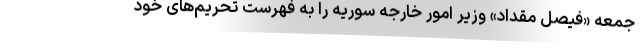
جمعه «فیصل مقداد» وزیر امور خارجه سوریه را به فهرست تحریم‌های خود